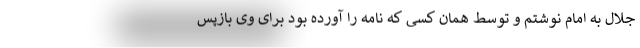
جلال به امام نوشتم و توسط همان کسی که نامه را آورده بود برای وی بازپس